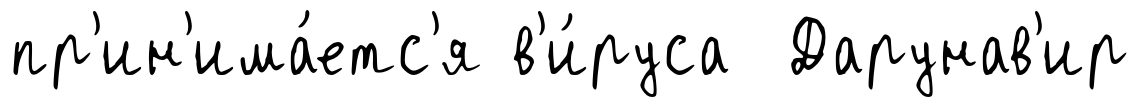
пр'ин'има́етс'я в'и́руса Дарунав'ир